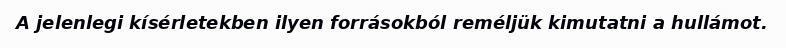
A jelenlegi kísérletekben ilyen forrásokból reméljük kimutatni a hullámot.